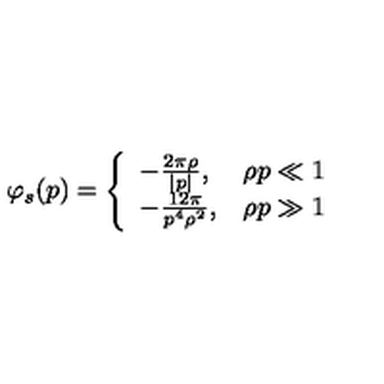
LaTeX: \varphi _ { s } ( p ) = \left\{ \begin{array} { l l } { - \frac { 2 \pi \rho } { | p | } , } & { \rho p \ll 1 } \\ { - \frac { 1 2 \pi } { p ^ { 4 } \rho ^ { 2 } } , } & { \rho p \gg 1 } \\ \end{array} \right.